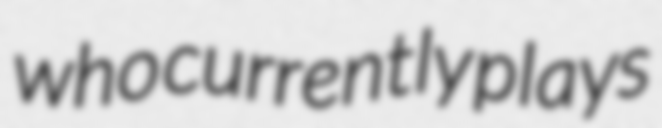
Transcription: who currently plays